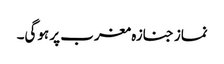
نماز جنازہ مغرب پر ہوگی۔